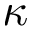
\boldsymbol \kappa